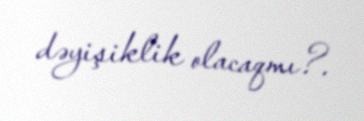
dəyişiklik olacaqmı?.